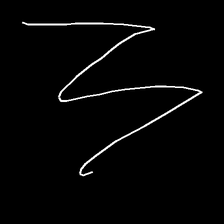
Glyph: crush